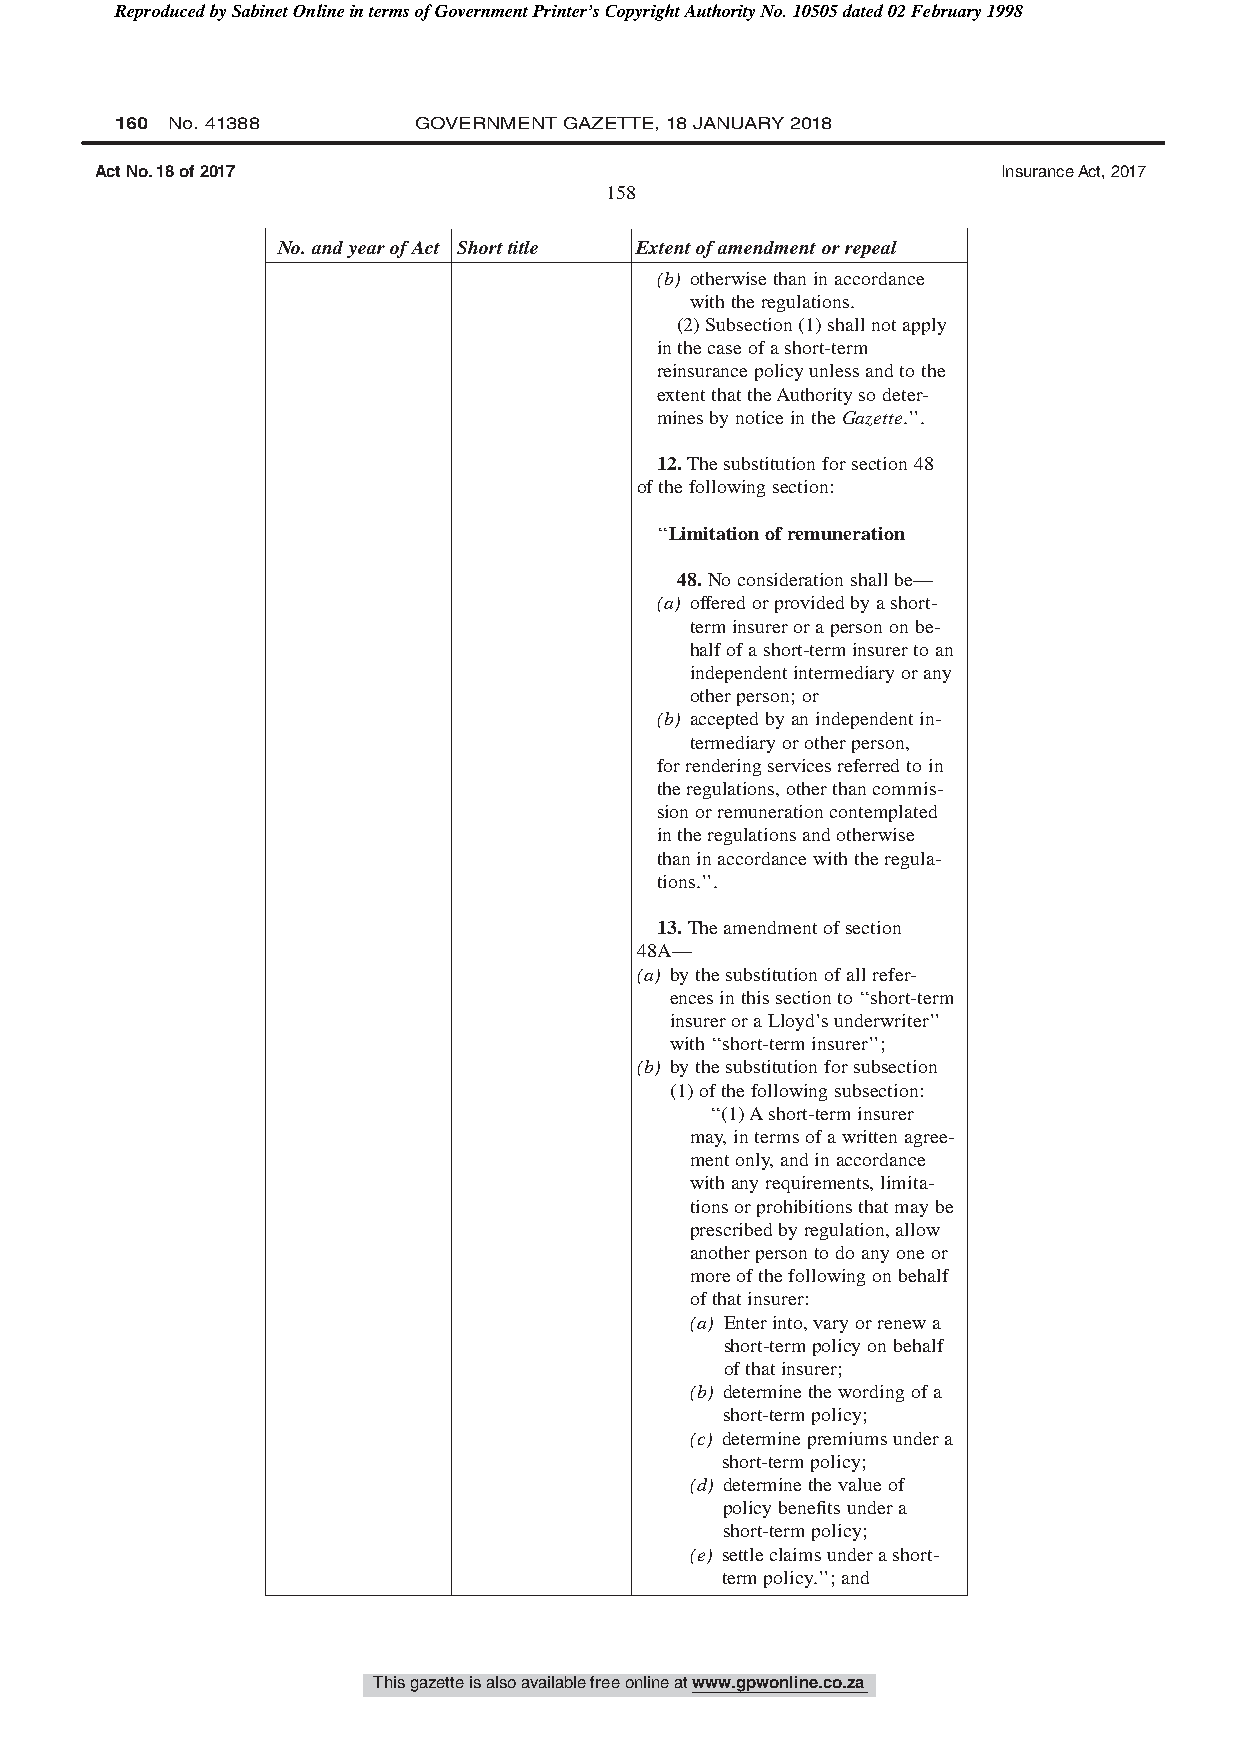
Reproduced by Sabinet Online in terms of Government Printer’s Copyright Authority No. 10505 dated 02 February 1998
 160 No. 41388      GOVERNMENT GAZETTE, 18 JANUARY 2018
 Act No. 18 of 2017                                          Insurance Act, 2017
 158
 No.andyearofAct Shorttitle Extentofamendmentorrepeal
 (b) otherwisethaninaccordance
 withtheregulations.
 (2)Subsection(1)shallnotapply
 inthecaseofashort-term
 reinsurancepolicyunlessandtothe
 extentthattheAuthoritysodeter-
 minesbynoticeintheGazette.’’.
 12.Thesubstitutionforsection48
 ofthefollowingsection:
 ‘‘Limitationofremuneration
 48.Noconsiderationshallbe—
 (a) offeredorprovidedbyashort-
 terminsurerorapersononbe-
 halfofashort-terminsurertoan
 independentintermediaryorany
 otherperson;or
 (b) acceptedbyanindependentin-
 termediaryorotherperson,
 forrenderingservicesreferredtoin
 theregulations,otherthancommis-
 sionorremunerationcontemplated
 intheregulationsandotherwise
 thaninaccordancewiththeregula-
 tions.’’.
 13.Theamendmentofsection
 48A—
 (a) bythesubstitutionofallrefer-
 encesinthissectionto‘‘short-term
 insureroraLloyd’sunderwriter’’
 with‘‘short-terminsurer’’;
 (b) bythesubstitutionforsubsection
 (1)ofthefollowingsubsection:
 ‘‘(1)Ashort-terminsurer
 may,intermsofawrittenagree-
 mentonly,andinaccordance
 withanyrequirements,limita-
 tionsorprohibitionsthatmaybe
 prescribedbyregulation,allow
 anotherpersontodoanyoneor
 moreofthefollowingonbehalf
 ofthatinsurer:
 (a) Enterinto,varyorrenewa
 short-termpolicyonbehalf
 ofthatinsurer;
 (b) determinethewordingofa
 short-termpolicy;
 (c) determinepremiumsundera
 short-termpolicy;
 (d) determinethevalueof
 policybenefitsundera
 short-termpolicy;
 (e) settleclaimsunderashort-
 termpolicy.’’;and
 This gazette is also available free online at www.gpwonline.co.za